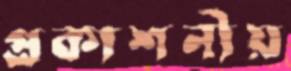
প্রকাশনীয়